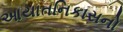
આયાતનિકાસનો